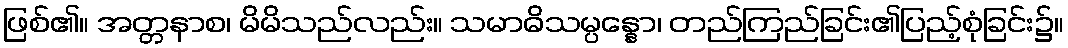
ဖြစ်၏။ အတ္တနာစ၊ မိမိသည်လည်း။ သမာဓိသမ္ပန္နော၊ တည်ကြည်ခြင်း၏ပြည့်စုံခြင်း၌။